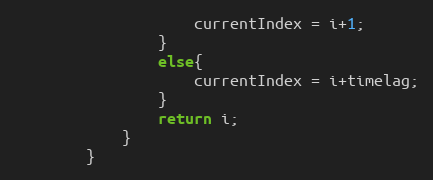
Language: Java
					currentIndex = i+1;
				}
				else{
					currentIndex = i+timelag;
				}
				return i;
			}
		}